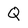
Character: Q